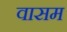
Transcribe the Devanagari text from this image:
वासम